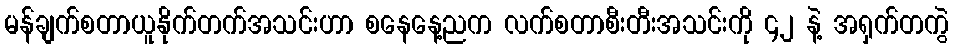
မန်ချက်စတာယူနိုက်တက်အသင်းဟာ စနေနေ့ညက လက်စတာစီးတီးအသင်းကို ၄၂ နဲ့ အရှက်တကွဲ